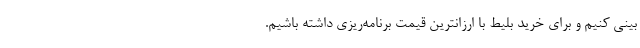
بینی کنیم و برای خرید بلیط با ارزانترین قیمت برنامه‌ریزی داشته باشیم.